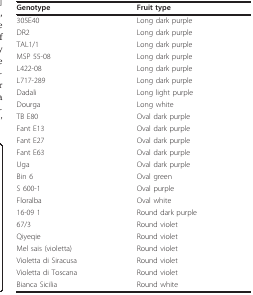
| Genotype | Fruit type |
 | --- | --- |
 | 305E40 | Long dark purple |
 | DR2 | Long dark purple |
 | TAL1/1 | Long dark purple |
 | MSP 55-08 | Long dark purple |
 | L422-08 | Long dark purple |
 | L717-289 | Long dark purple |
 | Dadali | Long light purple |
 | Dourga | Long white |
 | TB E80 | Oval dark purple |
 | Fant E13 | Oval dark purple |
 | Fant E27 | Oval dark purple |
 | Fant E63 | Oval dark purple |
 | Uga | Oval dark purple |
 | Bin 6 | Oval green |
 | S 600-1 | Oval purple |
 | Floralba | Oval white |
 | 16-09 1 | Round dark purple |
 | 67/3 | Round violet |
 | Qiyeqie | Round violet |
 | Mel sais (violetta) | Round violet |
 | Violetta di Siracusa | Round violet |
 | Violetta di Toscana | Round violet |
 | Bianca Sicilia | Round white |